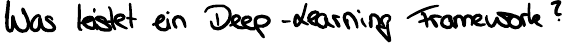
Was leistet ein Deep - Learning Framework?